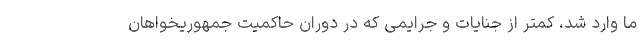
ما وارد شد، کمتر از جنایات و جرایمی که در دوران حاکمیت جمهوریخواهان